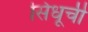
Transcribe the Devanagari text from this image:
सिंधूची